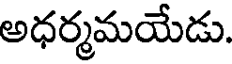
అధర్మమయేడు.